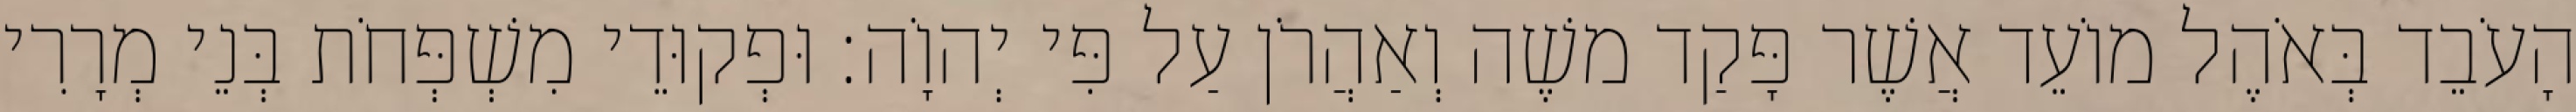
הָעֹבֵד בְּאֹהֶל מוֹעֵד אֲשֶׁר פָּקַד משֶׁה וְאַהֲרֹן עַל פִּי יְהוָֹה׃ וּפְקוּדֵי מִשְׁפְּחֹת בְּנֵי מְרָרִי